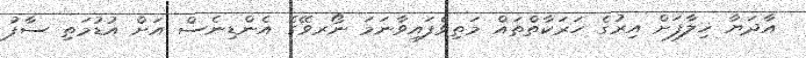
އާދަޔާ ޚިލާފަށް އިރުގެ ހަރަކާތްތައް މަތިވެފައިވާނަމަ ނޯރވޭގެ އެންޑިނެސް އަށް އުޑުމަތި ސާފު